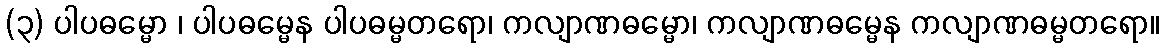
(၃) ပါပဓမ္မော ၊ ပါပဓမ္မေန ပါပဓမ္မတရော၊ ကလျာဏဓမ္မော၊ ကလျာဏဓမ္မေန ကလျာဏဓမ္မတရော။